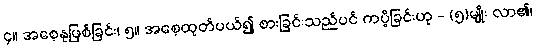
၄။ အစေ့နုဖြစ်ခြင်း၊ ၅။ အစေ့ထုတ်ပယ်၍ စားခြင်းသည်ပင် ကပ္ပိခြင်းဟု - (၅)မျိုး လာ၏၊